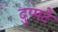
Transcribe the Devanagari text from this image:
दुप्पटे